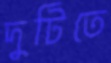
দুটিতে